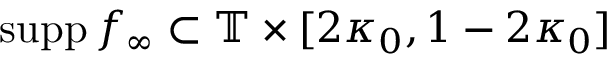
\mathrm { s u p p } \, f _ { \infty } \subset \mathbb { T } \times [ 2 \kappa _ { 0 } , 1 - 2 \kappa _ { 0 } ]